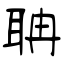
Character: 聃